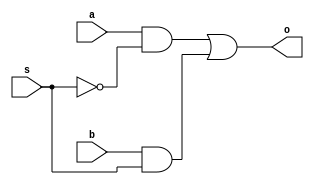
`timescale 1ns / 1ps
//////////////////////////////////////////////////////////////////////////////////
// Company: 
// Engineer: 
// 
// Design Name: 
// Module Name:    MUX2X1 
// Project Name: 
// Target Devices: 
// Tool versions: 
// Description: 
//
// Dependencies: 
//
// Revision: 
// Revision 0.01 - File Created
// Additional Comments: 
//
//////////////////////////////////////////////////////////////////////////////////
module MUX2X1(a,b,o,s);
input a,b,s;
output o;
assign o=a&(~s)|b&s;
endmodule